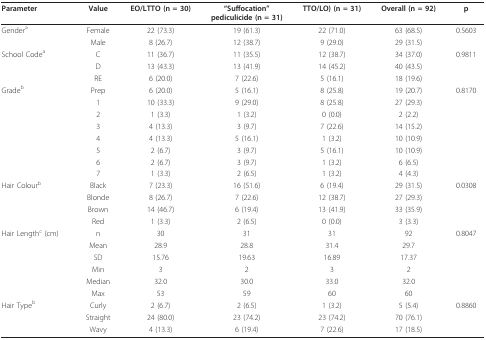
<table><thead><tr><td><b>Parameter</b></td><td><b>Value</b></td><td><b>EO/LTTO (n = 30)</b></td><td><b>&quot;Suffocation&quot;pediculicide (n = 31)</b></td><td><b>TTO/LO) (n = 31)</b></td><td><b>Overall (n = 92)</b></td><td><b>p</b></td></tr></thead><tbody><tr><td>Gender<sup>a</sup></td><td>Female</td><td>22 (73.3)</td><td>19 (61.3)</td><td>22 (71.0)</td><td>63 (68.5)</td><td>0.5603</td></tr><tr><td></td><td>Male</td><td>8 (26.7)</td><td>12 (38.7)</td><td>9 (29.0)</td><td>29 (31.5)</td><td></td></tr><tr><td>School Code<sup>a</sup></td><td>C</td><td>11 (36.7)</td><td>11 (35.5)</td><td>12 (38.7)</td><td>34 (37.0)</td><td>0.9811</td></tr><tr><td></td><td>D</td><td>13 (43.3)</td><td>13 (41.9)</td><td>14 (45.2)</td><td>40 (43.5)</td><td></td></tr><tr><td></td><td>RE</td><td>6 (20.0)</td><td>7 (22.6)</td><td>5 (16.1)</td><td>18 (19.6)</td><td></td></tr><tr><td>Grade<sup>b</sup></td><td>Prep</td><td>6 (20.0)</td><td>5 (16.1)</td><td>8 (25.8)</td><td>19 (20.7)</td><td>0.8170</td></tr><tr><td></td><td>1</td><td>10 (33.3)</td><td>9 (29.0)</td><td>8 (25.8)</td><td>27 (29.3)</td><td></td></tr><tr><td></td><td>2</td><td>1 (3.3)</td><td>1 (3.2)</td><td>0 (0.0)</td><td>2 (2.2)</td><td></td></tr><tr><td></td><td>3</td><td>4 (13.3)</td><td>3 (9.7)</td><td>7 (22.6)</td><td>14 (15.2)</td><td></td></tr><tr><td></td><td>4</td><td>4 (13.3)</td><td>5 (16.1)</td><td>1 (3.2)</td><td>10 (10.9)</td><td></td></tr><tr><td></td><td>5</td><td>2 (6.7)</td><td>3 (9.7)</td><td>5 (16.1)</td><td>10 (10.9)</td><td></td></tr><tr><td></td><td>6</td><td>2 (6.7)</td><td>3 (9.7)</td><td>1 (3.2)</td><td>6 (6.5)</td><td></td></tr><tr><td></td><td>7</td><td>1 (3.3)</td><td>2 (6.5)</td><td>1 (3.2)</td><td>4 (4.3)</td><td></td></tr><tr><td>Hair Colour<sup>b</sup></td><td>Black</td><td>7 (23.3)</td><td>16 (51.6)</td><td>6 (19.4)</td><td>29 (31.5)</td><td>0.0308</td></tr><tr><td></td><td>Blonde</td><td>8 (26.7)</td><td>7 (22.6)</td><td>12 (38.7)</td><td>27 (29.3)</td><td></td></tr><tr><td></td><td>Brown</td><td>14 (46.7)</td><td>6 (19.4)</td><td>13 (41.9)</td><td>33 (35.9)</td><td></td></tr><tr><td></td><td>Red</td><td>1 (3.3)</td><td>2 (6.5)</td><td>0 (0.0)</td><td>3 (3.3)</td><td></td></tr><tr><td>Hair Length<sup>c </sup>(cm)</td><td>n</td><td>30</td><td>31</td><td>31</td><td>92</td><td>0.8047</td></tr><tr><td></td><td>Mean</td><td>28.9</td><td>28.8</td><td>31.4</td><td>29.7</td><td></td></tr><tr><td></td><td>SD</td><td>15.76</td><td>19.63</td><td>16.89</td><td>17.37</td><td></td></tr><tr><td></td><td>Min</td><td>3</td><td>2</td><td>3</td><td>2</td><td></td></tr><tr><td></td><td>Median</td><td>32.0</td><td>30.0</td><td>33.0</td><td>32.0</td><td></td></tr><tr><td></td><td>Max</td><td>53</td><td>59</td><td>60</td><td>60</td><td></td></tr><tr><td>Hair Type<sup>b</sup></td><td>Curly</td><td>2 (6.7)</td><td>2 (6.5)</td><td>1 (3.2)</td><td>5 (5.4)</td><td>0.8860</td></tr><tr><td></td><td>Straight</td><td>24 (80.0)</td><td>23 (74.2)</td><td>23 (74.2)</td><td>70 (76.1)</td><td></td></tr><tr><td></td><td>Wavy</td><td>4 (13.3)</td><td>6 (19.4)</td><td>7 (22.6)</td><td>17 (18.5)</td><td></td></tr></tbody></table>